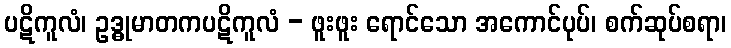
ပဋိကူလံ၊ ဥဒ္ဓုမာတကပဋိကူလံ - ဖူးဖူး ရောင်သော အကောင်ပုပ်၊ စက်ဆုပ်စရာ၊